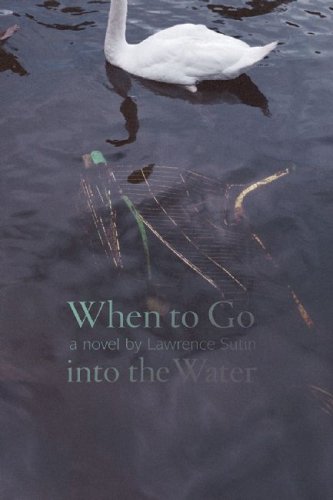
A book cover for When to Go into the Water: A Novel; Lawrence Sutin; Literature & Fiction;